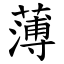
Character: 薄